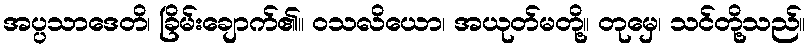
အပ္ပသာဒေတိ၊ ခြိမ်းချောက်၏။ ဝသလိယော၊ အယုတ်မတို့။ တုမှေ၊ သင်တို့သည်။